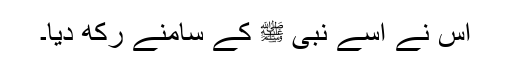
اس نے اسے نبی ﷺ کے سامنے رکھ دیا۔